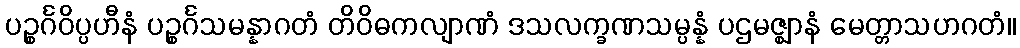
ပဉ္စင်္ဂဝိပ္ပဟီနံ ပဉ္စင်္ဂသမန္နာဂတံ တိဝိဓကလျာဏံ ဒသလက္ခဏသမ္ပန္နံ ပဌမဇ္ဈာနံ မေတ္တာသဟဂတံ။